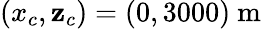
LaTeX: (x_{c},\mathbf{z}_{c})=(0,3000)~\mathrm{{m}}